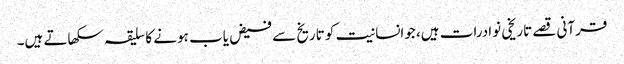
قرآنی قصے تاریخی نوادرات ہیں، جوانسانیت کو تاریخ سے فیض یاب ہونے کا سلیقہ سکھاتے ہیں۔